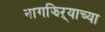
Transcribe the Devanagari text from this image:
नागझिऱ्याच्या